Code of medical and sanitary regulations for the guidance of medical officers serving in the Madras Presidency - Volume I
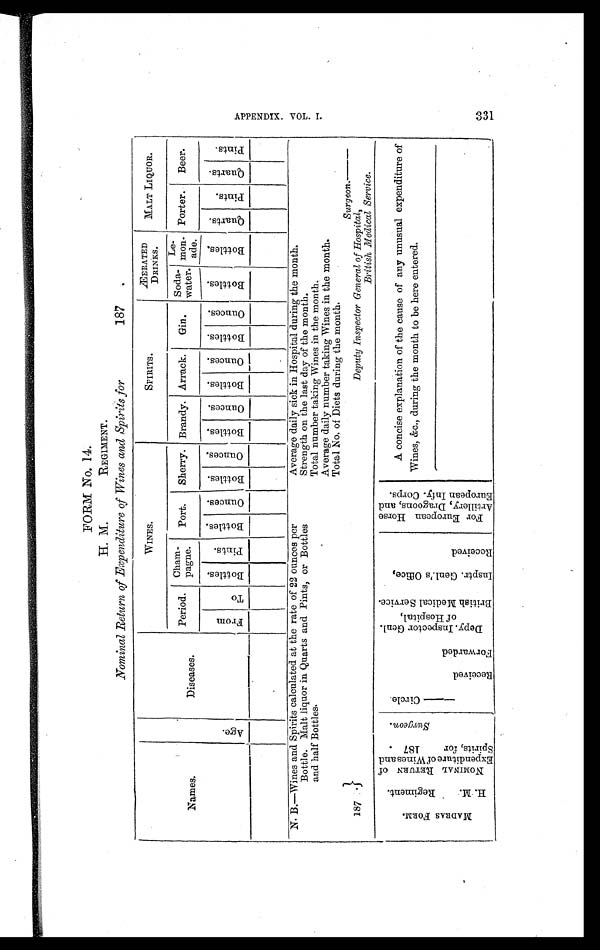
FORM NO. 14.
H. M. REGIMENT.
Nominal Return of Expenditure of Wines and Spirits for
187.
Names.
A g e .
Diseases.
WINES.
SPIRITS.
ÆERATED
DRINKS.
MALT LIQUOR.
Period. Cham-
pagne. Port. Sherry. Brandy. Arrack. Gin. Soda-
water.
Le-
mon-
ade.
Porter. Beer.
F r o m
T o
B r o t t l e s .
P i n t s .
B o t t l e s .
O u n c e s .
B o t t l e s .
O u n c e s .
B o t t l e s .
O u n c e s .
B o t t l e s .
O u n c e s . B o t t l e s . O u n c e s .
B o t t l e s .
B o t t l e s . Q u a r t s .
P i n t s .
Q u a r t s .
P i n t s .
N. B.—Wines and Spirits calculated at the rate of 22 ounces per
Bottle. Malt liquor in Quarts and Pints, or Bottles
and half Bottles.
Average daily sick in Hospital during the month.
Strength on the last day of the month.
Total number taking Wines in the month.
Average daily number taking Wines in the month.
Total No. of Diets during the month.
187
Surgeon.
_ _ _ _ _ _
Deputy Inspector General of Hospital,
British Medical Service.
M A D R A S F O R M .
H . M . R e g i m e n t .
N O M I N A L R E T U R N o f E x p e n d i t u r e o f W i n e s a n d S p i r i t s , f o r 1 8 7 .
S u r g e o n .
— C i r c l e .
R e c e i v e d .
F o r w a r d e d .
D e p y . I n s p e c t o r G e n l . o f H o s p i t a l , B r i t i s h M e d i c a l S e r v i c e .
I n s p t r . G e n l . ' s O f f i c e ,
R e c e i v e d .
F o r E u r o p e a n H o r s e A r t i l l e r y , D r a g o o n s , a n d E u r o p e a n I n f y . C o r p s .
A concise explanation of the cause of any unusual expenditure of
Wines, &c., during the month to be here entered.
A P P E N D I X . V O L . I .
331